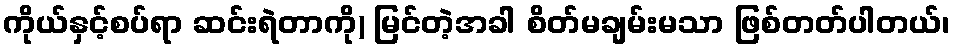
ကိုယ်နှင့်စပ်ရာ ဆင်းရဲတာကို) မြင်တဲ့အခါ စိတ်မချမ်းမသာ ဖြစ်တတ်ပါတယ်၊